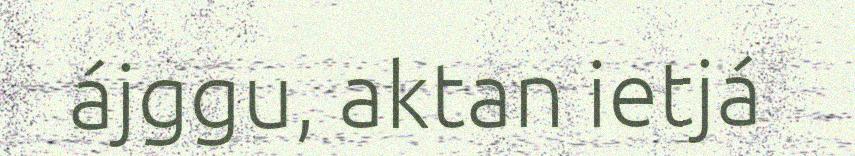
ájggu, aktan ietjá